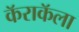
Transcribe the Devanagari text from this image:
कॅराकॅला